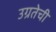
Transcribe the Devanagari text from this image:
उग्रतेची